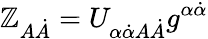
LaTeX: \mathbb{Z}_{A\dot{{A}}}=U_{\alpha\dot{{\alpha}}A\dot{{A}}}g^{\alpha\dot{{\alpha}}}